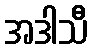
အဒါသီ